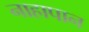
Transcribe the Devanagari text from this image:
नाहापान